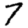
Digit: 7